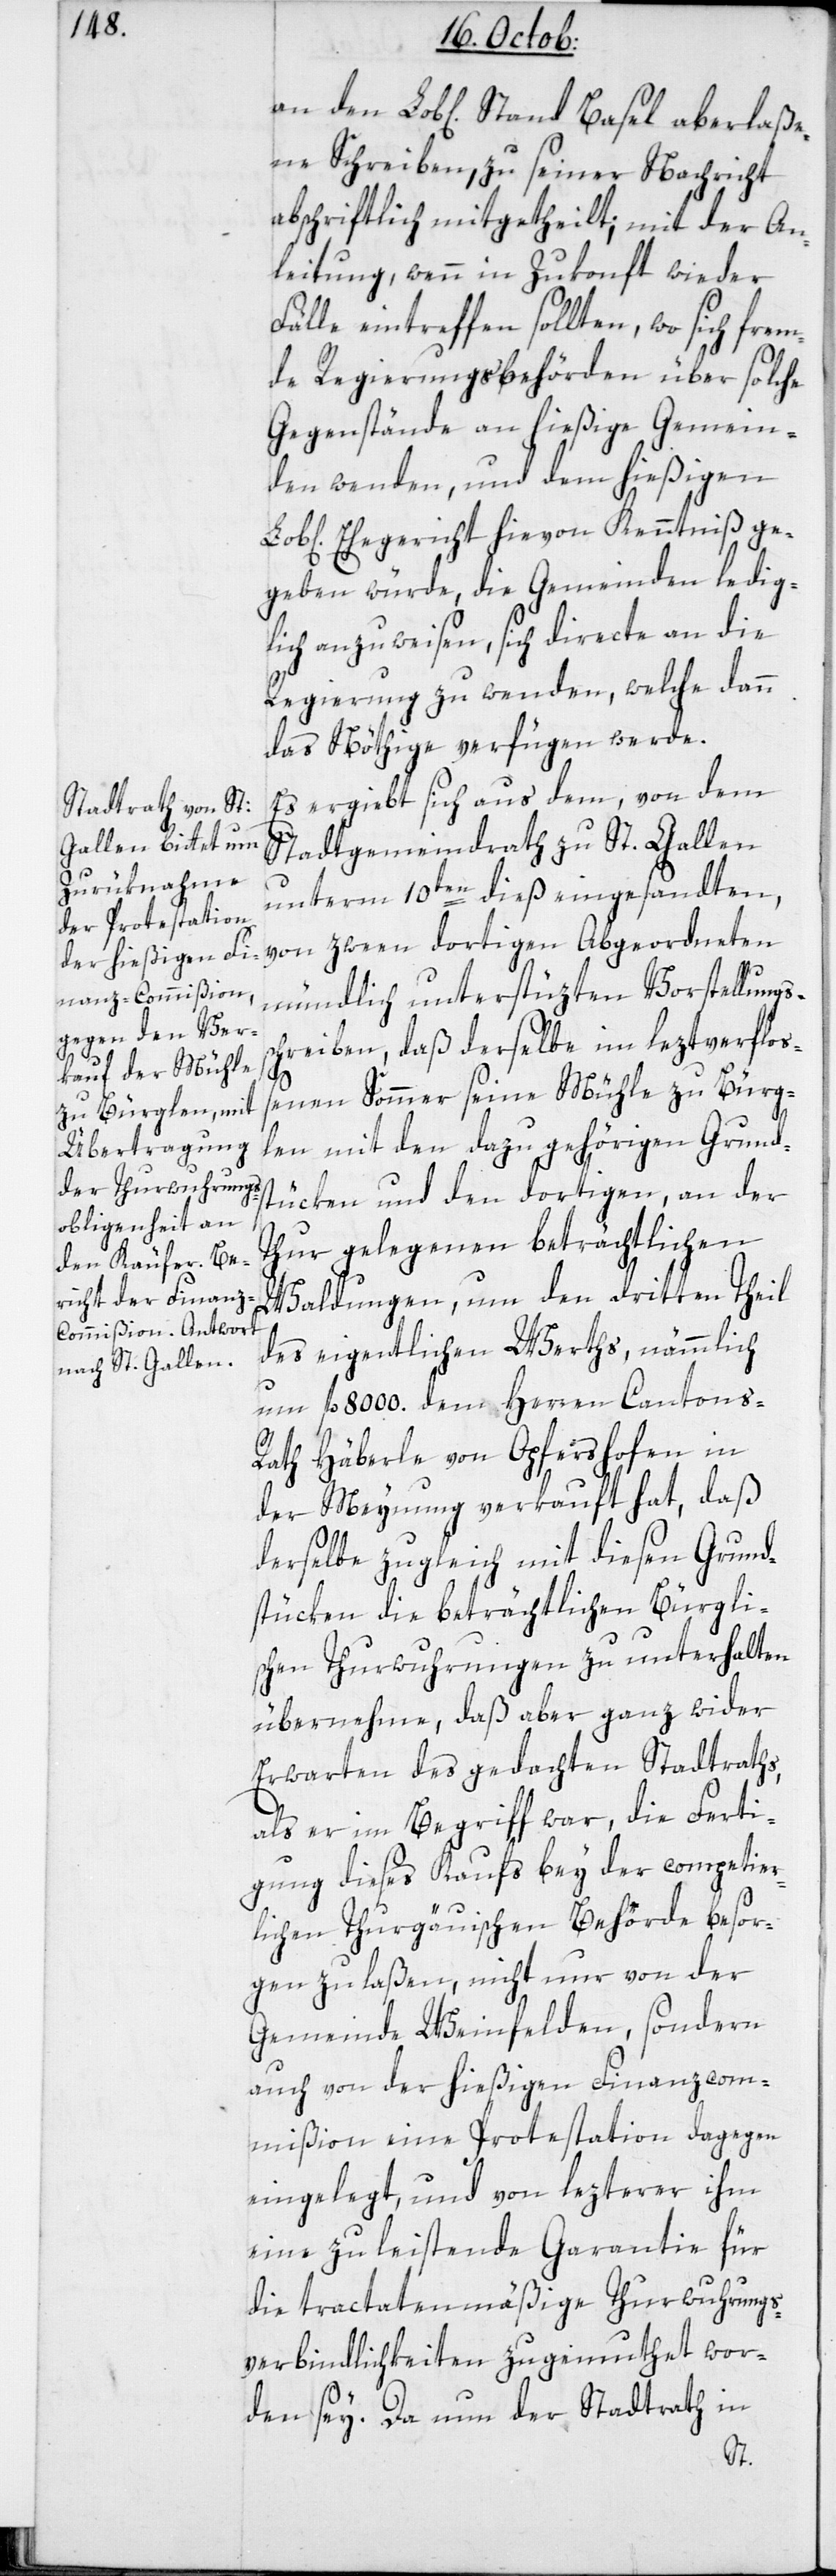
Schreiben, zu seiner Nachricht
abschriftlich mitgetheilt; mit der An¬
leitung, wenn in Zukunft wieder
Fälle eintreffen sollten, wo sich frem¬
de Regierungsbehörden über solche
Gegenstände an hießige Gemein¬
den wenden, und dem hießigen
Ehegericht hievon Kenntniß ge¬
geben würde, die Gemeinden ledig¬
lich anzuweisen, sich directe an die
Regierung zu wenden, welche dann
das Nöthige verfügen werde.
Es ergiebt sich aus dem von dem
Stadtgemeindrath zu St. Gallen
unterm 10ten dieß eingesandten,
von zween dortigen Abgeordneten
mündlich unterstüzten Vorstellungs¬
chreiben, daß derselbe im leztverfloß¬
s¬
enen Sommer seine Mühle zu Bürg¬
len mit den dazu gehörigen Grund¬
stücken und den dortigen, an der
Thur gelegenen beträchtlichen
Waldungen, um den dritten Theil
des eigentlichen Werths, nämmlich
um fl. 8000. dem Herren Cantons-R¬
ath Häberle von Opfershofen in
der Meynung verkauft hat, daß
derselbe zugleich mit diesen Grund¬
stücken die beträchtlichen Bürgli¬
schen Thurwuhrungen zu unterhalten
übernehme, daß aber ganz wider
Erwarten des gedachten Stadtraths,
als er im Begriff war, die Ferti¬
gung dieses Kaufs bey der competier¬
lichen Thurgauischen Behörde besor¬
gen zu laßen, nicht nur von der
Gemeinde Weinfelden, sondern
auch von der hießigen Finanz-Com¬
mißion eine Protestation dagegen
eingelegt, und von lezterer ihm
eine zu leistende Garantie für
die tractatenmäßige Thurwuhrungs¬
verbindlichkeiten zugemuthet wor¬
den sey. Da nun der Stadtrath in